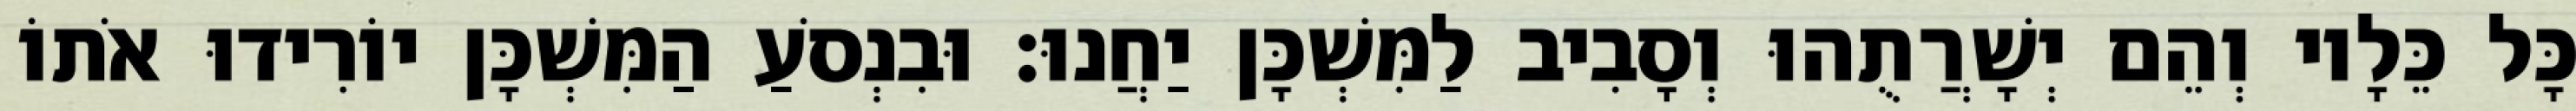
כָּל כֵּלָיו וְהֵם יְשָׁרֲתֻהוּ וְסָבִיב לַמִּשְׁכָּן יַחֲנוּ׃ וּבִנְסֹעַ הַמִּשְׁכָּן יוֹרִידוּ אֹתוֹ